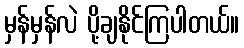
မှန်မှန်လဲ ပို့ချနိုင်ကြပါတယ်။